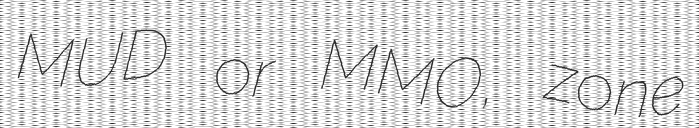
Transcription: MUD or MMO, zone